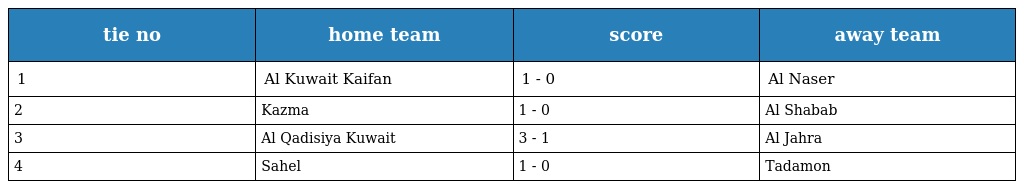
| tie no | home team | score | away team |
 | --- | --- | --- | --- |
 | 1 | Al Kuwait Kaifan | 1 - 0 | Al Naser |
 | 2 | Kazma | 1 - 0 | Al Shabab |
 | 3 | Al Qadisiya Kuwait | 3 - 1 | Al Jahra |
 | 4 | Sahel | 1 - 0 | Tadamon |